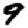
Digit: 9